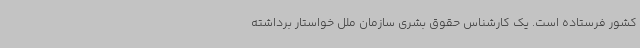
کشور فرستاده است. یک کارشناس حقوق بشری سازمان ملل خواستار برداشته